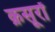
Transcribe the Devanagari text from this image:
क़सूरों